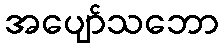
အပျော်သဘော